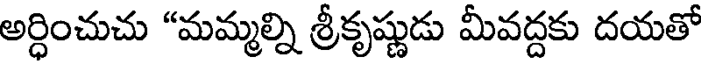
అర్ధించుచు "మమ్మల్ని శ్రీకృష్ణుడు మీవద్దకు దయతో